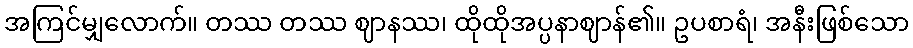
အကြင်မျှလောက်။ တဿ တဿ ဈာနဿ၊ ထိုထိုအပ္ပနာဈာန်၏။ ဥပစာရံ၊ အနီးဖြစ်သော